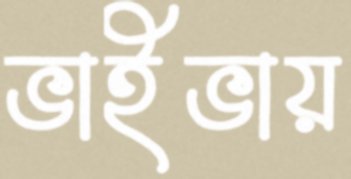
ভাইভায়